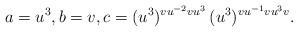
LaTeX: \begin{align*}a = u^{3}, b = v, c = (u^{3})^{vu^{-2}vu^{3}} \, (u^{3})^{vu^{-1}vu^{3}v}.\end{align*}